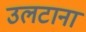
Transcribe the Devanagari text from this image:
उलटाना